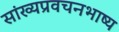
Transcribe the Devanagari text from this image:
सांख्यप्रवचनभाष्य